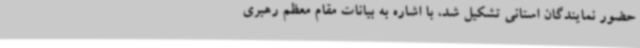
حضور نمایندگان استانی تشکیل شد، با اشاره به بیانات مقام معظم رهبری